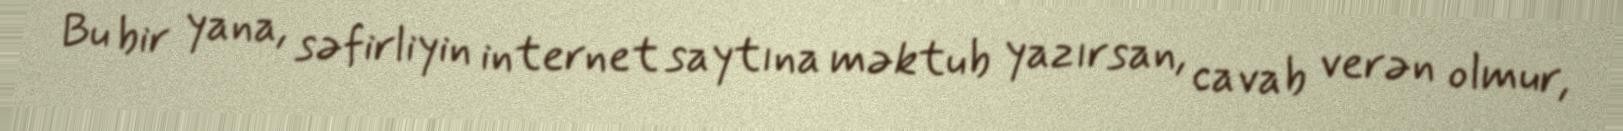
Bu bir yana, səfirliyin internet saytına məktub yazırsan, cavab verən olmur,